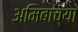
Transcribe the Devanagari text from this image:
अमिबाच्या